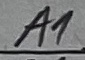
Text: A1